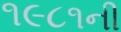
૧૯૮૧ની